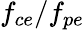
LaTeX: f_{ce}/f_{pe}